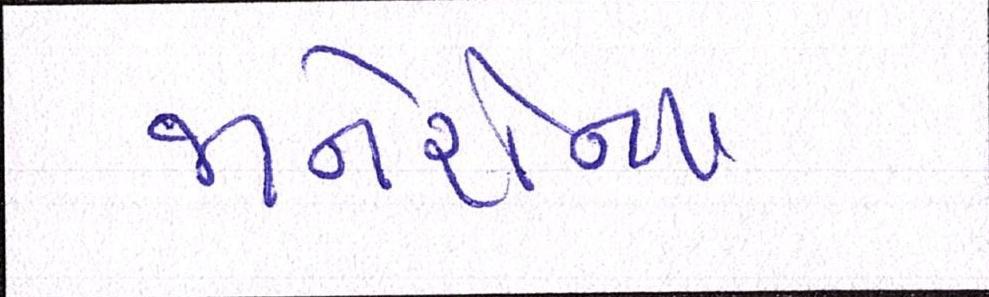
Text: જાનેરોના